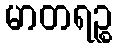
မာတရဉ္စ